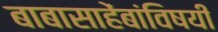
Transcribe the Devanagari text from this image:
बाबासाहेंबांविषयी